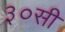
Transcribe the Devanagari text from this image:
३०सी